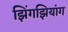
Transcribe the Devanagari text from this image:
झिंगझियांग